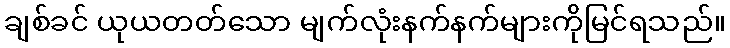
ချစ်ခင် ယုယတတ်သော မျက်လုံးနက်နက်များကိုမြင်ရသည်။